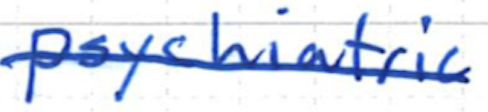
Text: psychiatric
Cross-out: single-line
Writing tool: ballpoint